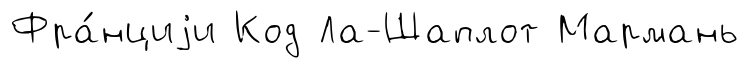
Фра́нциjи Код Ла-Шаплот Мармань